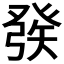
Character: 𤼵